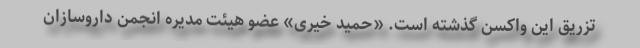
تزریق این واکسن گذشته است. «حمید خیری» عضو هیئت مدیره انجمن داروسازان